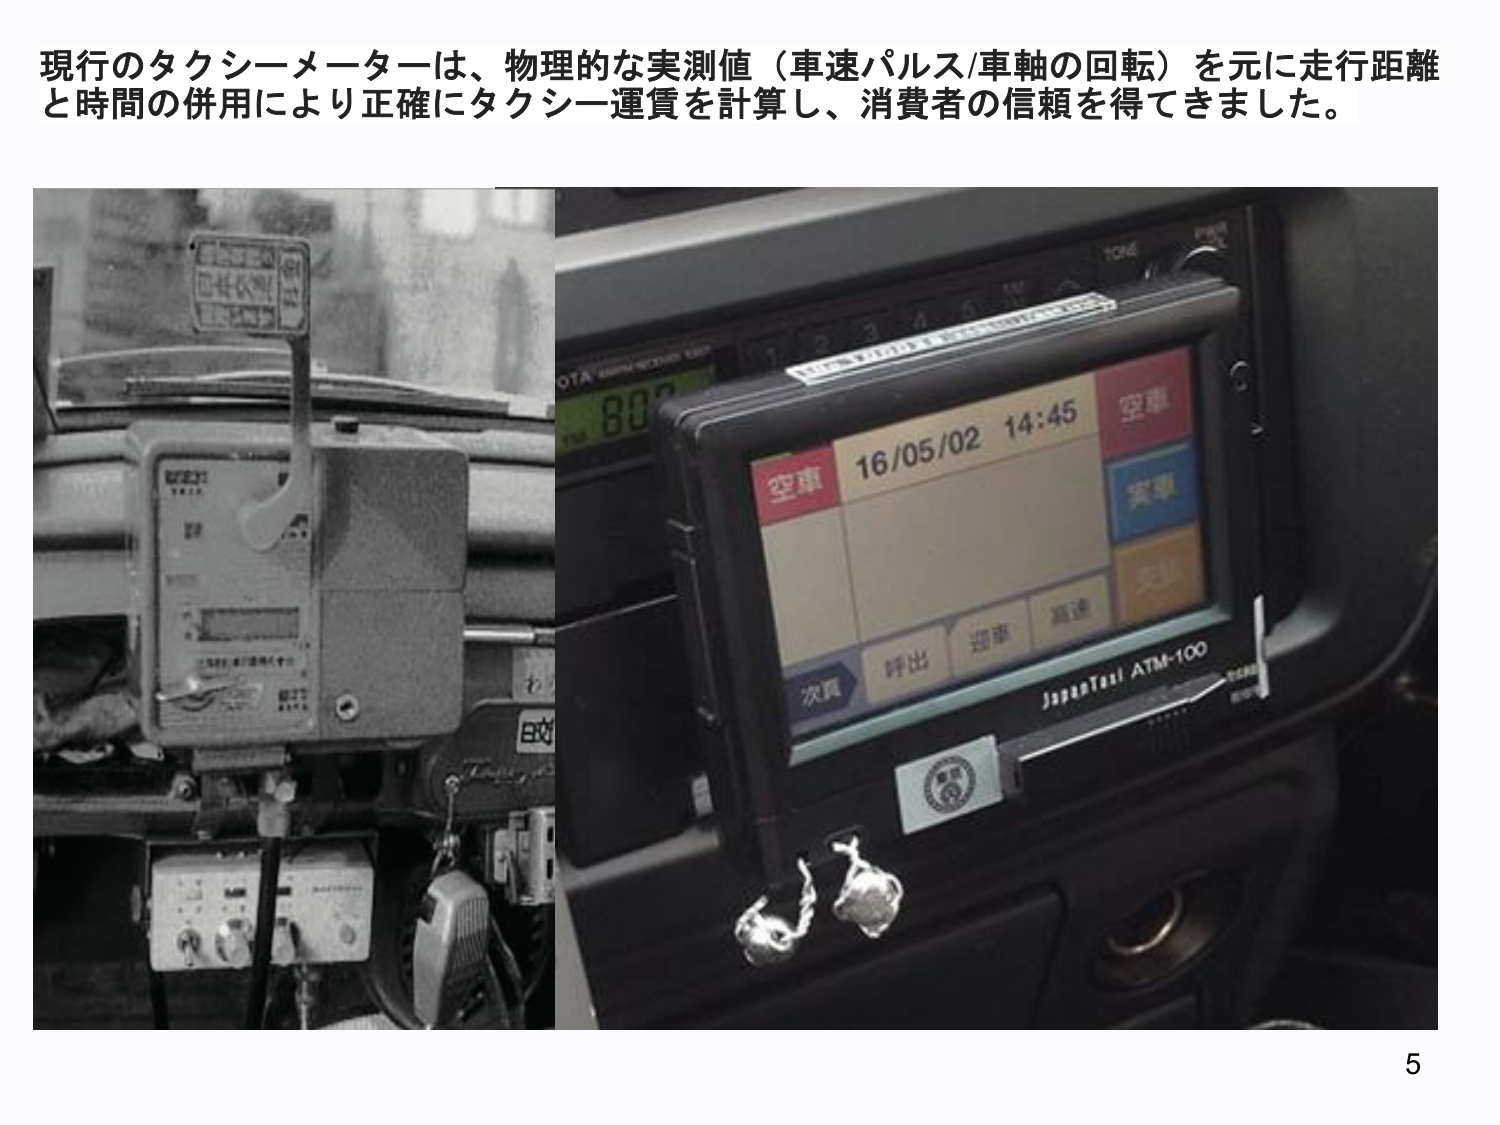
現行のタクシーメーターは、物理的な実測値（車速パルス/車軸の回転）を元に走行距離と時間の併用により正確にタクシー運賃を計算し、消費者の信頼を得てきました。

空車
16/05/02 14:45
空車
実車
次頁 呼出 運車 高速
JapaTaxi ATM-100

5